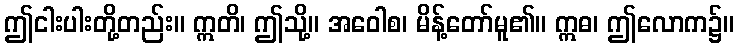
ဤငါးပါးတို့တည်း။ ဣတိ၊ ဤသို့။ အဝေါစ၊ မိန့်တော်မူ၏။ ဣဓ၊ ဤလောက၌။